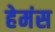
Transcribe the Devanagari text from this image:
हेमंस